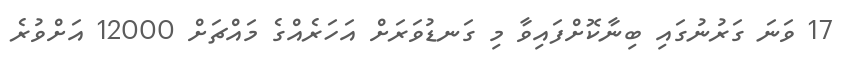
17 ވަނަ ގަރުނުގައި ބިނާކޮށްފައިވާ މި ގަނޑުވަރަށް އަހަރެއްގެ މައްޗަށް 12000 އަށްވުރެ